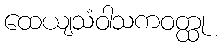
ထေယျသံဝါသကဝတ္ထု